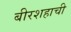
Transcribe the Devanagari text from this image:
बीरशहाची